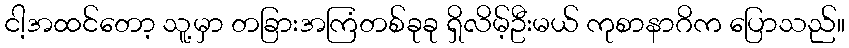
ငါ့အထင်တော့ သူ့မှာ တခြားအကြံတစ်ခုခု ရှိလိမ့်ဦးမယ် ကုစာနာဂိက ပြောသည်။